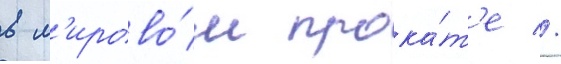
в м'ирово́м прока́т'е //